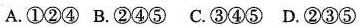
A.①②④ B.②④⑤ C.③④⑤ D.②③⑤